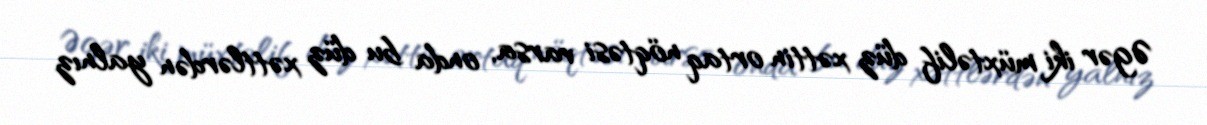
Əgər iki müxtəlif düz xəttin ortaq nöqtəsi varsa, onda bu düz xəttlərdən yalnız